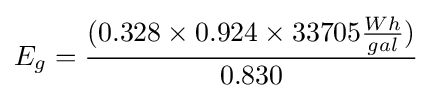
E_{g}={\frac {(0.328\times 0.924\times 33705{\frac {Wh}{gal}})}{0.830}}